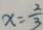
x = \frac { 2 } { 3 }